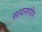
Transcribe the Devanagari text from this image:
सायनागोग